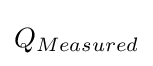
Q_{Measured}\,\!